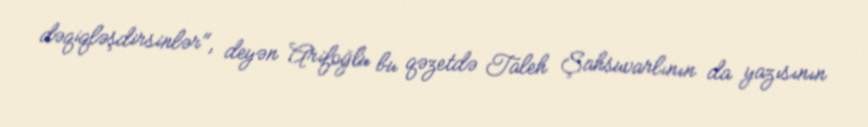
dəqiqləşdirsinlər", deyən Arifoğlu bu qəzetdə Taleh Şahsuvarlının da yazısının